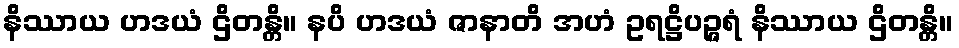
နိဿာယ ဟဒယံ ဌိတန္တိ။ နပိ ဟဒယံ ဇာနာတိ အဟံ ဥရဋ္ဌိပဉ္ဇရံ နိဿာယ ဌိတန္တိ။